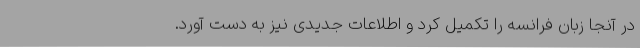
در آنجا زبان فرانسه را تکمیل کرد و اطلاعات جدیدی نیز به دست آورد.